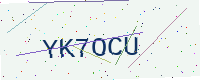
Text: YK7OCU